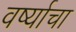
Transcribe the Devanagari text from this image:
वर्ष्याचा